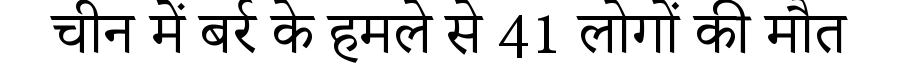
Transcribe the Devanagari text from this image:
चीन में बर्र के हमले से 41 लोगों की मौत